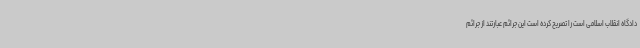
دادگاه انقلاب اسلامی است را تصریح کرده است این جرائم عبارتند از جرائم